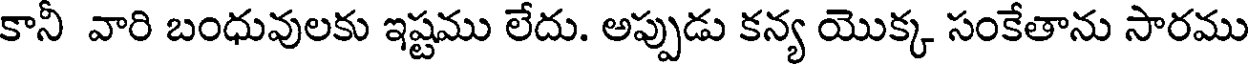
కానీ వారి బంధువులకు ఇష్టము లేదు. అప్పుడు కన్య యొక్క సంకేతాను సారము